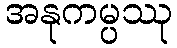
အနုကမ္ပဿု